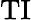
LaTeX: \mathrm{TI}